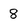
Character: 8